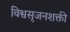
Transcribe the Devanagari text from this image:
विश्वसृजनशक्ती